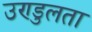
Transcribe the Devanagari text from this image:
उण्डुलता